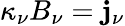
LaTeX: \kappa_{\nu}B_{\nu}=\mathbf{j}_{\nu}